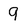
Character: 9